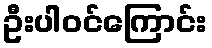
ဦးပါဝင်ကြောင်း